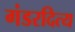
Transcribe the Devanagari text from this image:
गंडरदित्य